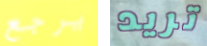
يرجع تريد